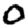
Digit: 0